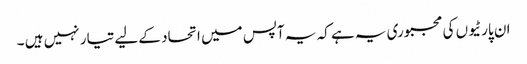
ان پارٹیوں کی مجبوری یہ ہے کہ یہ آپس میں اتحاد کے لیے تیار نہیں ہیں ۔